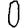
Digit: 0